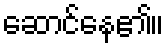
ဆောင်နေ၏။